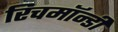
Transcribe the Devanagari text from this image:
रिचमॉन्डी